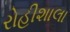
રોહીશાલા